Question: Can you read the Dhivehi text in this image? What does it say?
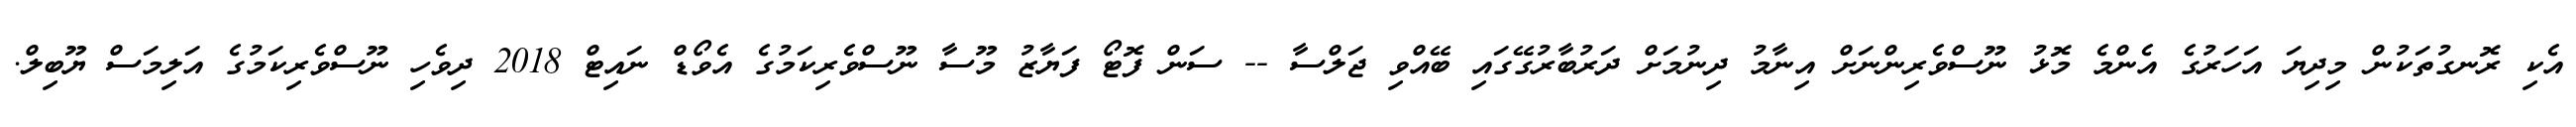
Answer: އެކި ރޮނގުތަކުން މިދިޔަ އަހަރުގެ އެންމެ މޮޅު ނޫސްވެރިންނަށް އިނާމު ދިނުމަށް ދަރުބާރުގޭގައި ބޭއްވި ޖަލްސާ -- ސަން ފޮޓޯ ފަޔާޒު މޫސާ ނޫސްވެރިކަމުގެ އެވޯޑް ނައިޓް 2018 ދިވެހި ނޫސްވެރިކަމުގެ އަލިމަސް ޔޫބިލް.